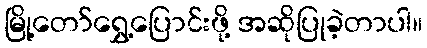
မြို့တော်ရွှေ့ပြောင်းဖို့ အဆိုပြုခဲ့တာပါ။